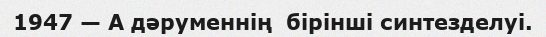
1947 — А дәруменнің  бірінші синтезделуі.